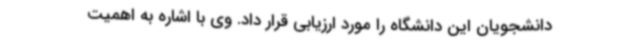
دانشجویان این دانشگاه را مورد ارزیابی قرار داد. وی با اشاره به اهمیت